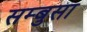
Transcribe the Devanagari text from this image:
सम्बुसा